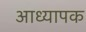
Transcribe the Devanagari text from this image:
आध्यापक